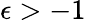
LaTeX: \epsilon>-1